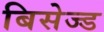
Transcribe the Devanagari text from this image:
बिसेज्ड